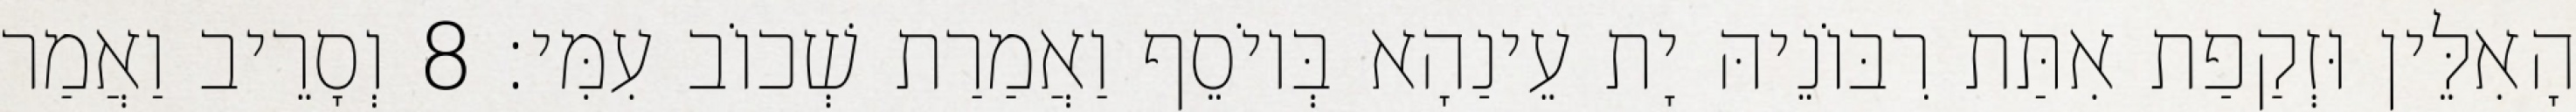
הָאִלֵּין וּזְקַפַת אִתַּת רִבּוֹנֵיהּ יָת עֵינַהָא בְּיוֹסֵף וַאֲמַרַת שְׁכוֹב עִמִּי׃ 8 וְסָרֵיב וַאֲמַר